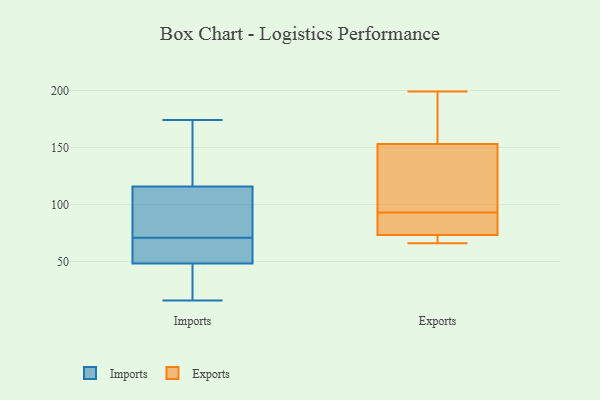
{"axis": {"x": "Backlog", "y": "Value"}, "legend": ["Exports", "Imports"], "data": [{"x": "", "y": 174, "type": "Imports"}, {"x": "", "y": 64, "type": "Imports"}, {"x": "", "y": 97, "type": "Imports"}, {"x": "", "y": 121, "type": "Imports"}, {"x": "", "y": 83, "type": "Imports"}, {"x": "", "y": 137, "type": "Imports"}, {"x": "", "y": 47, "type": "Imports"}, {"x": "", "y": 150, "type": "Imports"}, {"x": "", "y": 52, "type": "Imports"}, {"x": "", "y": 16, "type": "Imports"}, {"x": "", "y": 62, "type": "Imports"}, {"x": "", "y": 71, "type": "Imports"}, {"x": "", "y": 79, "type": "Imports"}, {"x": "", "y": 60, "type": "Imports"}, {"x": "", "y": 100, "type": "Imports"}, {"x": "", "y": 21, "type": "Imports"}, {"x": "", "y": 26, "type": "Imports"}, {"x": "", "y": 24, "type": "Imports"}, {"x": "", "y": 138, "type": "Imports"}, {"x": "", "y": 164, "type": "Exports"}, {"x": "", "y": 74, "type": "Exports"}, {"x": "", "y": 66, "type": "Exports"}, {"x": "", "y": 66, "type": "Exports"}, {"x": "", "y": 93, "type": "Exports"}, {"x": "", "y": 199, "type": "Exports"}, {"x": "", "y": 79, "type": "Exports"}, {"x": "", "y": 120, "type": "Exports"}, {"x": "", "y": 176, "type": "Exports"}, {"x": "", "y": 93, "type": "Exports"}, {"x": "", "y": 73, "type": "Exports"}]}